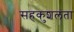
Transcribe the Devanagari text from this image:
सहकुशलता